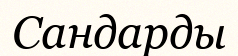
Сандарды